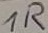
Text: 1R